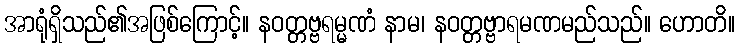
အာရုံရှိသည်၏အဖြစ်ကြောင့်။ နဝတ္တဗ္ဗရမ္မဏံ နာမ၊ နဝတ္တဗ္ဗာရမဏမည်သည်။ ဟောတိ။